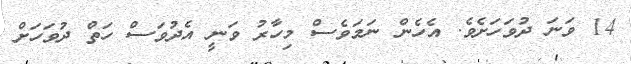
14 ވަނަ ދުވަހަށެވެ. އެހެން ނަމަވެސް މިހާރު ވަނީ އެދުވަސް ހަތް ދުވަހަށް